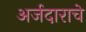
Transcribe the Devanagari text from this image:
अर्जदाराचे